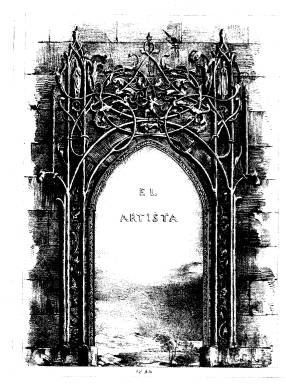
Título: El Artista (Madrid. 1835)
Colección: Arte
Ámbito geográfico: Madrid
Lugar de publicación: Madrid
Fechas: 01/01/1835-31/12/1836

Excelente ejemplo de revista artística en un momento de gran agitación política, “El Artista”, fundado por el escritor Eugenio Ochoa y por el pintor Federico Madrazo en 1835, es un proyecto de juventud en la misma línea de la publicación francesa “L’Artiste”,  de Achille Ricourt, al que, en ocasiones, llega a plagiar. Este semanario recoge la estética del Romanticismo que llega a España en estos momentos. De edición muy cuidada, casi lujosa, con litografías de gran calidad, estaba  impresa por Sancha. Sufrió graves problemas económicos y se publicó solamente durante 15 meses.

Sus principales colaboradores fueron Espronceda, Campo Alange, García Tassara, Pastor Díaz o Zorrilla, y es famoso por haber publicado por primera vez “La Canción del Pirata” de Espronceda (n. 4, 25 en. 1835).
Sus ilustraciones son obra de Madrazo, Marqueríe, Lameyer y Calixto Ortega, entre otros.

En la colección original no se conservan las cubiertas de los números, y se ha digitalizado cada uno de los tres volúmenes en un archivo.

[Descripción modificada el 28/03/2023]